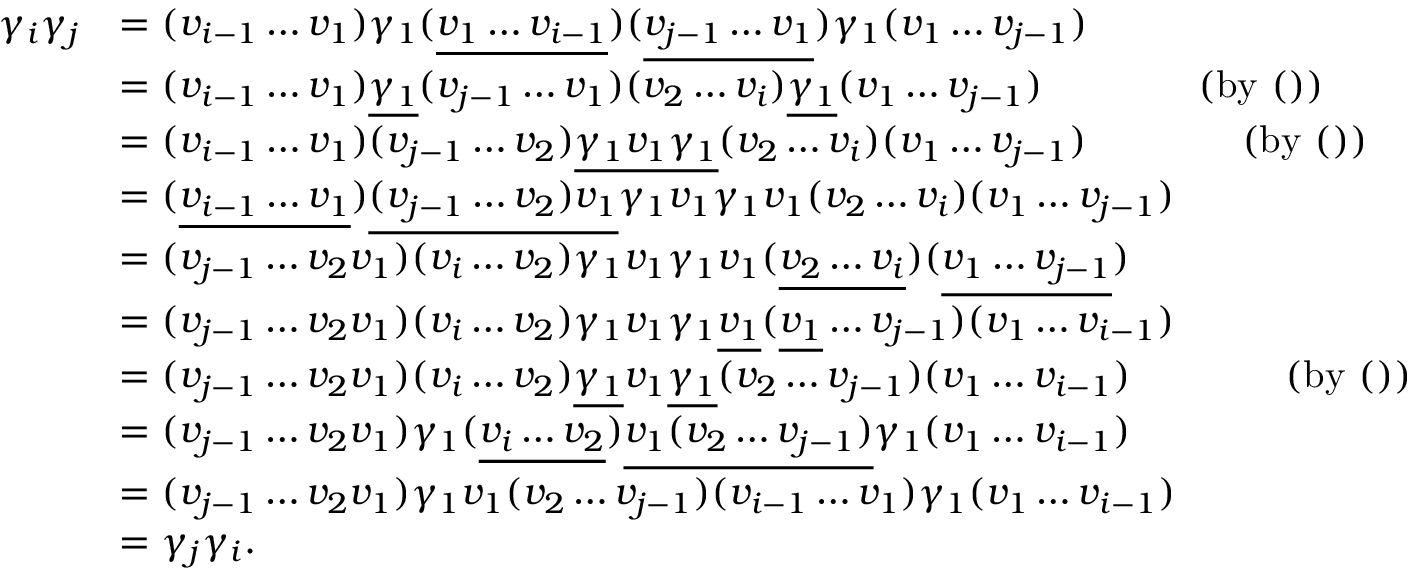
\begin{array} { r l } { \gamma _ { i } \gamma _ { j } } & { = ( v _ { i - 1 } \ldots v _ { 1 } ) \gamma _ { 1 } ( \underline { { v _ { 1 } \ldots v _ { i - 1 } } } ) ( \underline { { v _ { j - 1 } \ldots v _ { 1 } } } ) \gamma _ { 1 } ( v _ { 1 } \ldots v _ { j - 1 } ) } \\ & { = ( v _ { i - 1 } \ldots v _ { 1 } ) \underline { { \gamma _ { 1 } } } ( v _ { j - 1 } \ldots v _ { 1 } ) ( v _ { 2 } \ldots v _ { i } ) \underline { { \gamma _ { 1 } } } ( v _ { 1 } \ldots v _ { j - 1 } ) ~ ~ ~ ~ ~ ~ ~ ~ ~ ~ ~ \mathrm { ~ ( b y ~ ( ) ) } } \\ & { = ( v _ { i - 1 } \ldots v _ { 1 } ) ( v _ { j - 1 } \ldots v _ { 2 } ) \underline { { \gamma _ { 1 } v _ { 1 } \gamma _ { 1 } } } ( v _ { 2 } \ldots v _ { i } ) ( v _ { 1 } \ldots v _ { j - 1 } ) ~ ~ ~ ~ ~ ~ ~ ~ ~ ~ ~ \mathrm { ~ ( b y ~ ( ) ) } } \\ & { = ( \underline { { v _ { i - 1 } \ldots v _ { 1 } } } ) \underline { { ( v _ { j - 1 } \ldots v _ { 2 } ) v _ { 1 } } } \gamma _ { 1 } v _ { 1 } \gamma _ { 1 } v _ { 1 } ( v _ { 2 } \ldots v _ { i } ) ( v _ { 1 } \ldots v _ { j - 1 } ) } \\ & { = ( v _ { j - 1 } \ldots v _ { 2 } v _ { 1 } ) ( v _ { i } \ldots v _ { 2 } ) \gamma _ { 1 } v _ { 1 } \gamma _ { 1 } v _ { 1 } ( \underline { { v _ { 2 } \ldots v _ { i } } } ) ( \underline { { v _ { 1 } \ldots v _ { j - 1 } } } ) } \\ & { = ( v _ { j - 1 } \ldots v _ { 2 } v _ { 1 } ) ( v _ { i } \ldots v _ { 2 } ) \gamma _ { 1 } v _ { 1 } \gamma _ { 1 } \underline { { v _ { 1 } } } ( \underline { { v _ { 1 } } } \ldots v _ { j - 1 } ) ( v _ { 1 } \ldots v _ { i - 1 } ) } \\ & { = ( v _ { j - 1 } \ldots v _ { 2 } v _ { 1 } ) ( v _ { i } \ldots v _ { 2 } ) \underline { { \gamma _ { 1 } } } v _ { 1 } \underline { { \gamma _ { 1 } } } ( v _ { 2 } \ldots v _ { j - 1 } ) ( v _ { 1 } \ldots v _ { i - 1 } ) ~ ~ ~ ~ ~ ~ ~ ~ ~ ~ ~ \mathrm { ~ ( b y ~ ( ) ) } } \\ & { = ( v _ { j - 1 } \ldots v _ { 2 } v _ { 1 } ) \gamma _ { 1 } ( \underline { { v _ { i } \ldots v _ { 2 } } } ) \underline { { v _ { 1 } ( v _ { 2 } \ldots v _ { j - 1 } ) } } \gamma _ { 1 } ( v _ { 1 } \ldots v _ { i - 1 } ) } \\ & { = ( v _ { j - 1 } \ldots v _ { 2 } v _ { 1 } ) \gamma _ { 1 } v _ { 1 } ( v _ { 2 } \ldots v _ { j - 1 } ) ( v _ { i - 1 } \ldots v _ { 1 } ) \gamma _ { 1 } ( v _ { 1 } \ldots v _ { i - 1 } ) } \\ & { = \gamma _ { j } \gamma _ { i } . } \end{array}